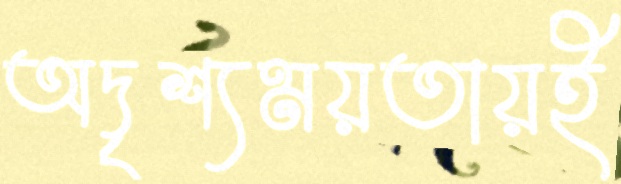
অদৃশ্যময়তায়ই